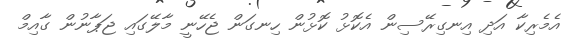
އެމެރިކާ އަދި އިނގިރޭސިން އެކޮޅު ކޮޅުން ހިނގަން ޖެހޭނީ މާލޭގައި ޖަޕާނުން ގާއިމް